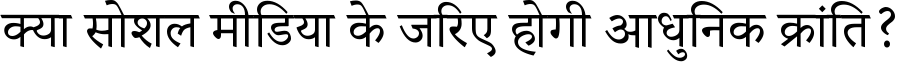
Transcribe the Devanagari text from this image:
क्या सोशल मीडिया के जरिए होगी आधुनिक क्रांति?